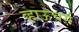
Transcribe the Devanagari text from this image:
व्हाऊचर्स